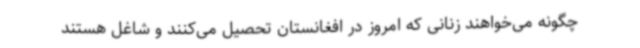
چگونه می‌خواهند زنانی که امروز در افغانستان تحصیل می‌کنند و شاغل هستند